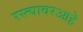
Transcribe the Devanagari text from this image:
रस्त्यावरआहे